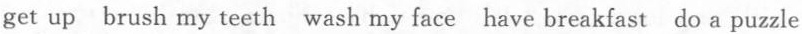
get up brush my teeth wash my face have breakfast do a puzzle